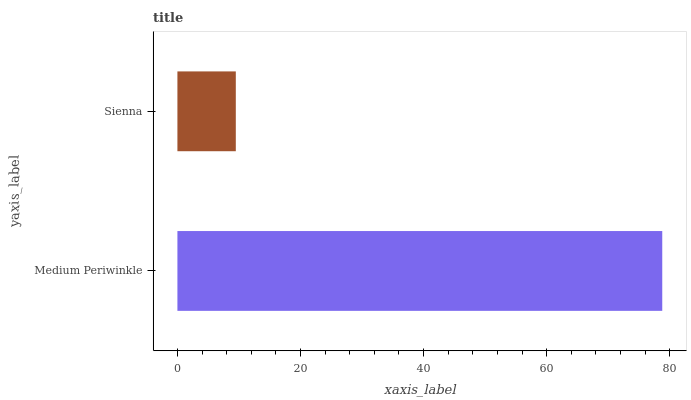
| yaxis_label | bars |
 | --- | --- |
 | Medium Periwinkle | 78.8 |
 | Sienna | 9.49 |